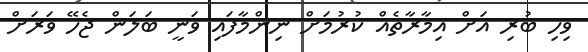
ވިހި ބުރި އަށް އިމާރާތެއް ކުރުމަށް ނިންމާފައި ވަނީ ބަލަން ޖެހޭ ވަރަށް